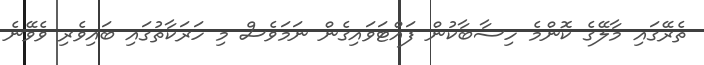
ތެރޭގައި މާލޭގެ ކޮންމެ ހިސާބާކުން ފައްޓަވައިގެން ނަމަވެސް މި ހަރަކާތުގައި ބައިވެރި ވެވޭނެ